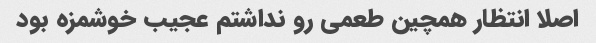
اصلا انتظار همچین طعمی رو نداشتم عجیب خوشمزه بود